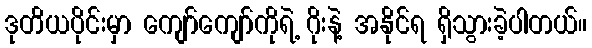
ဒုတိယပိုင်းမှာ ကျော်ကျော်ကိုရဲ့ ဂိုးနဲ့ အနိုင်ရ ရှိသွားခဲ့ပါတယ်။